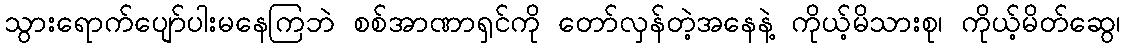
သွားရောက်ပျော်ပါးမနေကြဘဲ စစ်အာဏာရှင်ကို တော်လှန်တဲ့အနေနဲ့ ကိုယ့်မိသားစု၊ ကိုယ့်မိတ်ဆွေ၊